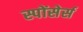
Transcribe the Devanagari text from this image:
स्पोंसेर्स